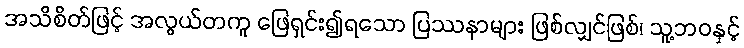
အသိစိတ်ဖြင့် အလွယ်တကူ ဖြေရှင်း၍ရသော ပြဿနာများ ဖြစ်လျှင်ဖြစ်၊ သူ့ဘဝနှင့်